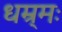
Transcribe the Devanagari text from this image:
धम्र्मः